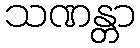
သဏန္တာ